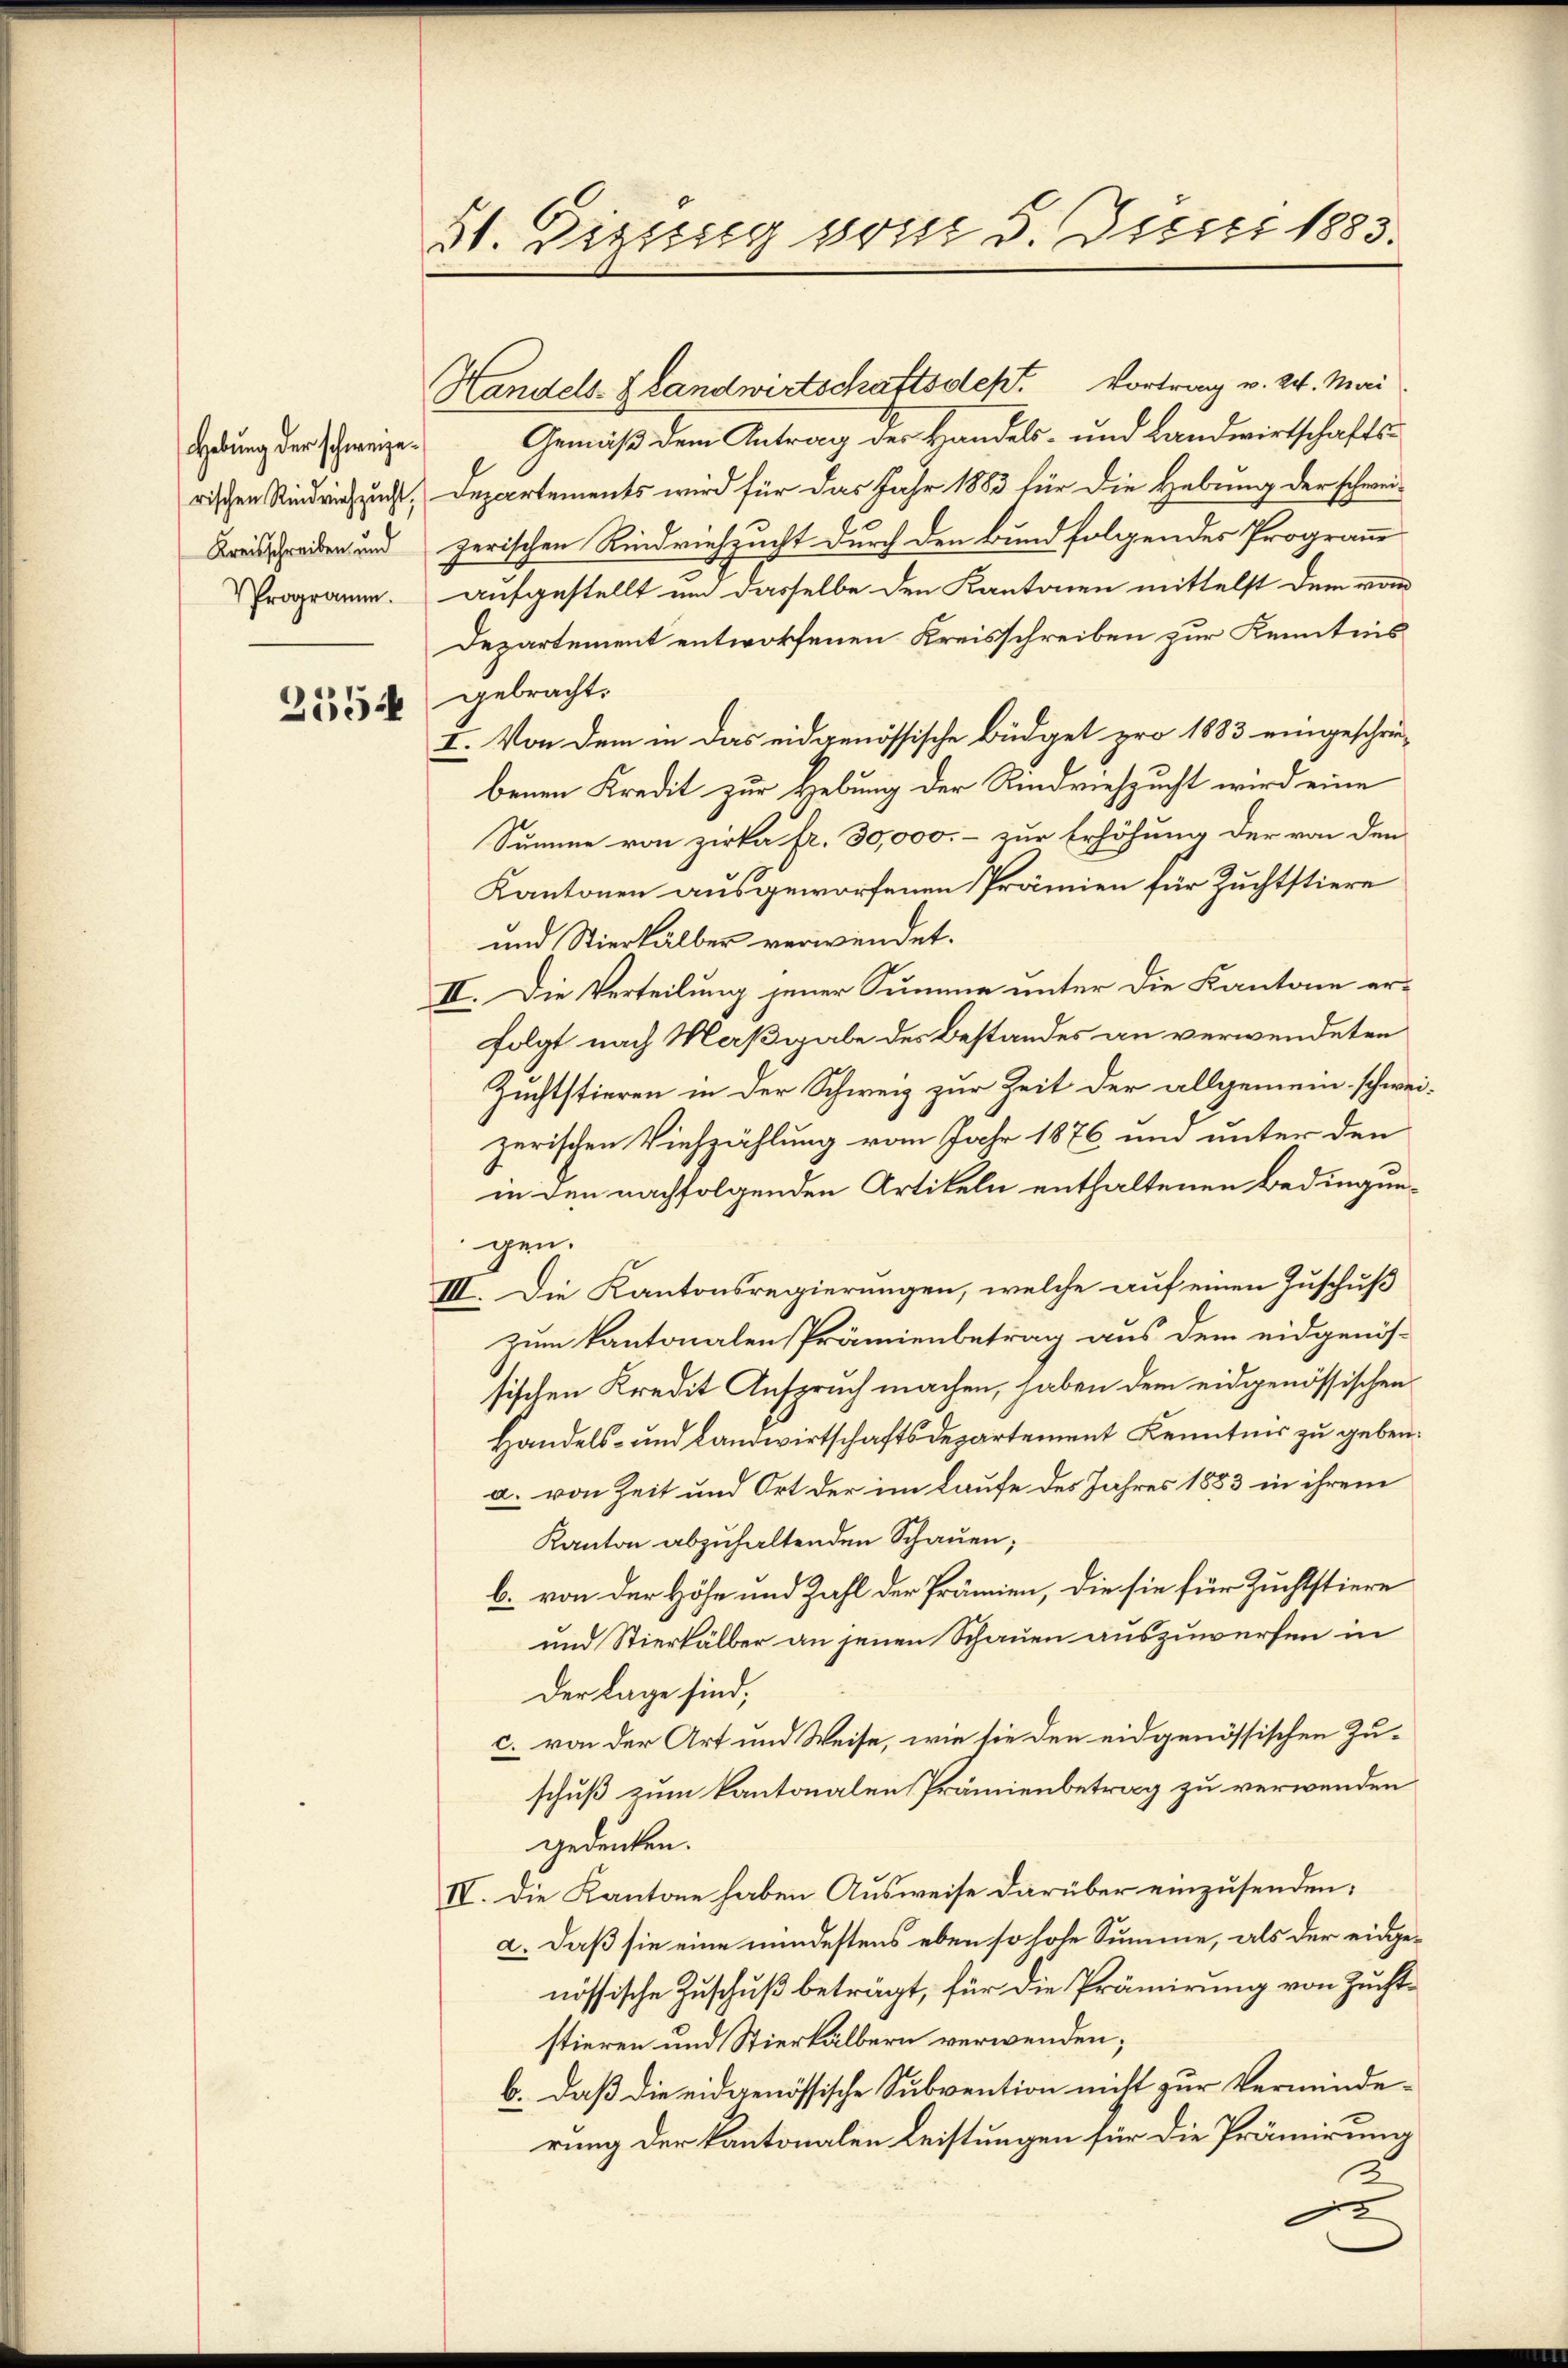
Hebung der schweize¬
Programm.

2554

St. Digung vom 5. Juni 1883.

Handels- Blandwirtschaftsdest. Vortrag v. 24. Mai
Gemäß dem Antrag der Handels- und Landwirtschafts-
rischen Rindviehung, Departements wird für das Jahr 1883 für die Hebung der schwei¬
Landschaden und zerischen Rindviehzucht durch den Bund folgendes Programm
aufgestellt um dasselbe den Kantonen mittelst dem vom
Departement entworfenen Kreisschreiben zur Kenntnis
gebracht.
I. Von dem in das eidgenössische Büdget pro 1883 eingeschrie-
benen Kredit zur Hebung der Rindviehzucht wird eine
Summe von Zirka fr. 30,000.- zur Erhöhung der von den
Kantonen ausgeworfenen Prämien für Zuchtstiere
und Stierhalber verwendet.
II. Die Verteilung jener Summe unter die Kantone er-
folgt nach Maßgabe des Bestandes an verwendeten
Zuchtstieren in der Schweiz zur Zeit der allgemein schweizerischen Viehzählung vom Jahr 1876 und unter den
in den nachfolgenden Artikeln enthaltenen Bedingungen.
III. Die Kantonsregierungen, welche auf einen Zuschuß
zum Kantonalen Prämienbetrag aus dem eidgenös-
sischen Kredit Anspruch machen, haben dem eidgenössischen
Handels- und Landwirtschaftsdepartement Kenntnis zu geben.
a. von Zeit und Ort der im Laufe des Jahres 1883 in ihrem
Kanton abzuhaltenden Schauen;
b. von der Höhe und Zahl der Prämien, die sie für Zuchtstiere
und Stierkälber an jenen Schauen auszuwerfen in
Der Lage sind;
c. von der Art und Weise, wie sie den eidgenössischen Zuschuß zum kantonalen Prämienbetrag zu verwenden
gedenken.
IV. Die Kantone haben Ausweise darüber einzusenden:
2. daß sie eine mindestens eben so hohe Summe, als der eidgenössische Zuschuß beträgt, für die Prämirung von Zuchtstieren und Stierkälbern verwenden;
b. daß die eidgenössische Subvention nicht zur Verminderung der kantonalen Leistungen für die Prämirung
2